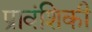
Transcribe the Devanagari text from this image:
प्रावंशिकी